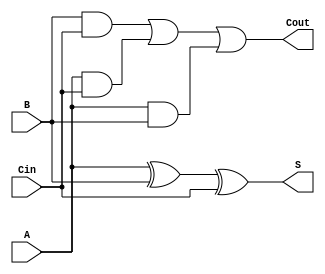
`timescale 1ns / 1ps
//////////////////////////////////////////////////////////////////////////////////
// Company: 
// Engineer: 
// 
// Design Name: 
// Module Name:    full_adder 
// Project Name: 
// Target Devices: 
// Tool versions: 
// Description: 
//
// Dependencies: 
//
// Revision: 
// Revision 0.01 - File Created
// Additional Comments: 
//
//////////////////////////////////////////////////////////////////////////////////
module full_adder(
 A,
 B,
 Cin,
 Cout,
 S);
input A;
input B;
input Cin;
output Cout;
output S;
assign S=A^B^Cin;
assign Cout=(B&Cin)|(A&Cin)|(A&B);
endmodule